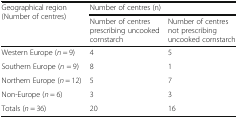
<table><thead><tr><td rowspan="2"><b>Geographical region (Number of centres)</b></td><td colspan="2"><b>Number of centres (n)</b></td></tr><tr><td><b>Number of centres prescribing uncooked cornstarch</b></td><td><b>Number of centres not prescribing uncooked cornstarch</b></td></tr></thead><tbody><tr><td>Western Europe (<i>n</i> = 9)</td><td>4</td><td>5</td></tr><tr><td>Southern Europe (<i>n</i> = 9)</td><td>8</td><td>1</td></tr><tr><td>Northern Europe (<i>n</i> = 12)</td><td>5</td><td>7</td></tr><tr><td>Non-Europe (<i>n</i> = 6)</td><td>3</td><td>3</td></tr><tr><td>Totals (<i>n</i> = 36)</td><td>20</td><td>16</td></tr></tbody></table>